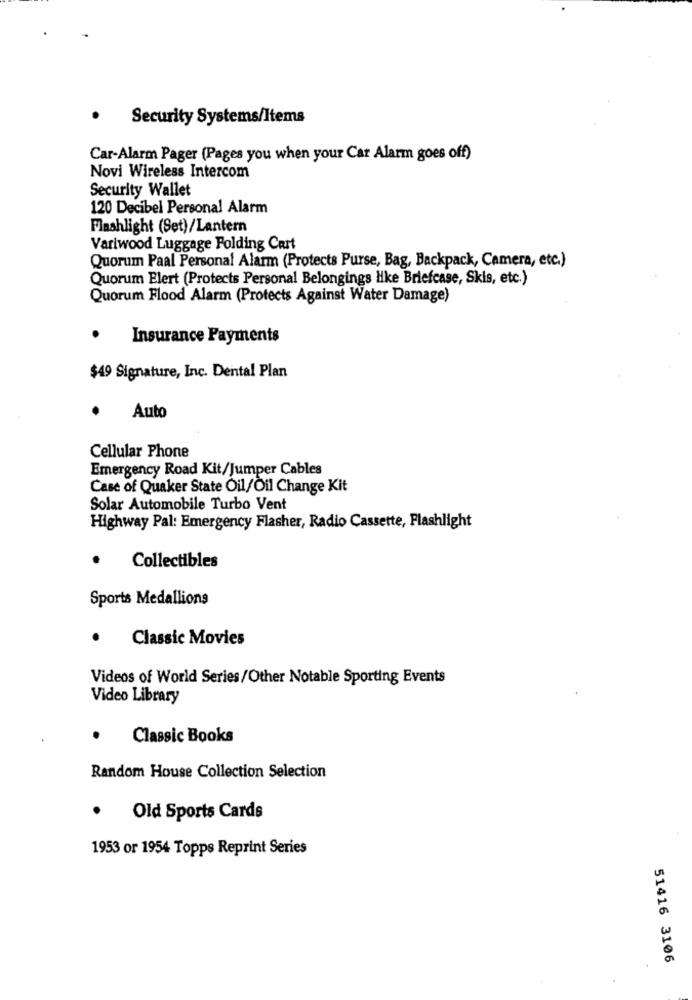
Security Systems/Items
Car-Alarm Pager (Pages you when your Car Alarm goes off)
Novi Wireless Intercom
Security Wallet
120 Decibel Personal Alarm
Flashlight (Set)/Lantern
Variwood Luggage Folding Cart
Quorum Paal Personal Alarm (Protects Purse, Bag, Backpack, Camera, etc.)
Quorum Elert (Protects Personal Belongings Hike Briefcase, Skis, etc.)
Quorum Flood Alarm (Protects Against Water Damage)
.
Insurance Payments
$49 Signature, Inc. Dental Plan
.
Auto
Cellular Phone
Emergency Road Kit/Jumper Cables
Case of Quaker State Oil/Oil Change Kit
Solar Automobile Turbo Vent
Highway Pal: Emergency Flasher, Radio Cassette, Flashlight
.
Collectibles
Sports Medallions
Classic Movies
Videos of World Series/Other Notable Sporting Events
Video Library
Classic Books
Random House Collection Selection
.
Old Sports Cards
1953 or 1954 Topps Reprint Series
51416 3106